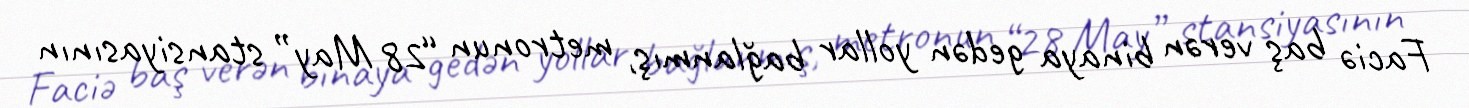
Faciə baş verən binaya gedən yollar bağlanmış, metronun “28 May” stansiyasının